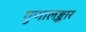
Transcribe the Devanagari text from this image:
गुणालङ्कार